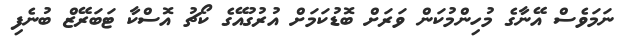
ނަމަވެސް އޭނާގެ މުހިންމުކަން ވަރަށް ބޮޑުކަމަށް އުރުގުއޭގެ ކޯޗު އޮސްކާ ޓަބަރޭޒް ބުނެފި